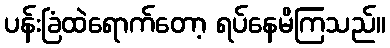
ပန်းခြံထဲရောက်တော့ ရပ်နေမိကြသည်။